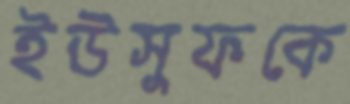
ইউসুফকে